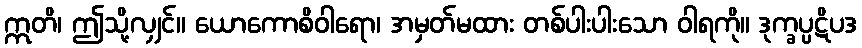
ဣတိ၊ ဤသို့လျှင်။ ယောကောစိဝါရော၊ အမှတ်မထား တစ်ပါးပါးသော ဝါရကို။ ဒုက္ခပ္ပဋိပဒ